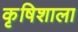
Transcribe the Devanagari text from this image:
कृषिशाला